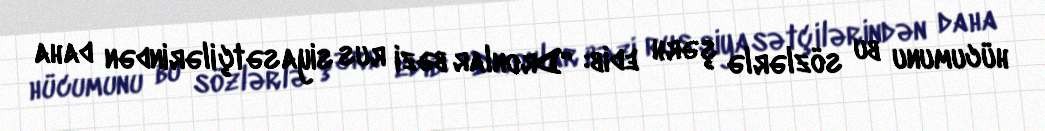
hücumunu bu sözlərlə şərh edib: “Dronlar bəzi rus siyasətçilərindən daha